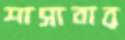
শাসাবার